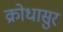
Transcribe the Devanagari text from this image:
क्रोधासुर